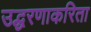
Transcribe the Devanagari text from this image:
उद्धरणाकरिता